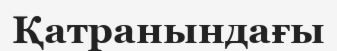
Қатранындағы